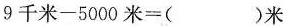
$$9 \text { 千 米 } - 5 0 0 0 \text { 米 } =$$()米